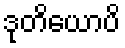
ဒုတိယောပိ